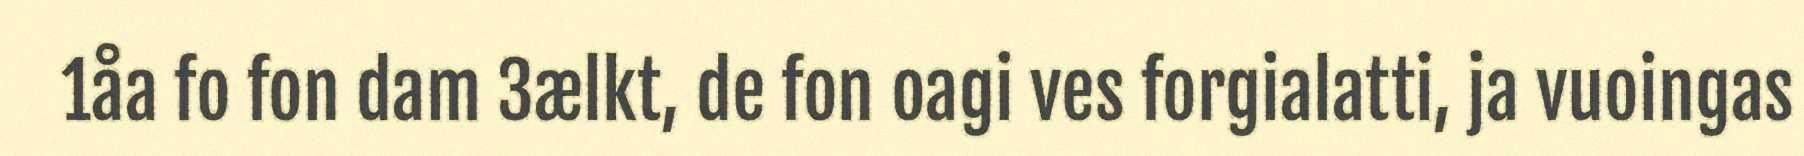
1åa fo fon dam 3ælkt, de fon oagi ves forgialatti, ja vuoingas